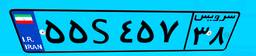
۵۵S۴۵۷۳۸